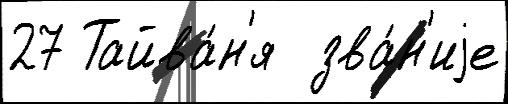
27 Тайва́н'я  зва́н'иjе